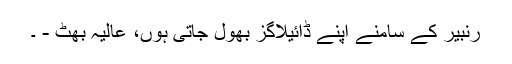
رنبیر کے سامنے اپنے ڈائیلاگز بھول جاتی ہوں، عالیہ بھٹ - ۔